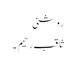
روشنی
ثاقب رحیم ۔